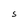
Character: 5